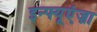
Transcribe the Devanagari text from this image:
इन्फ्यूएंज़ा